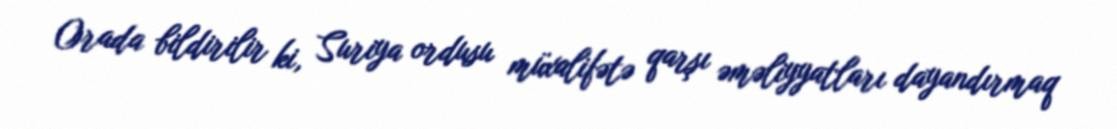
Orada bildirilir ki, Suriya ordusu müxalifətə qarşı əməliyyatları dayandırmaq